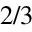
^ { 2 / 3 }